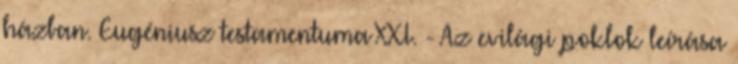
házban. Eugéniusz testamentuma XXI. - Az evilági poklok leírása